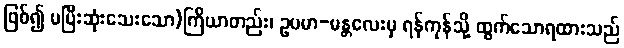
ဖြစ်၍ မပြီးဆုံးသေးသော)ကြိယာတည်း၊ ဥပမာ-မန္တလေးမှ ရန်ကုန်သို့ ထွက်သောရထားသည်